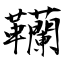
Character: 韊